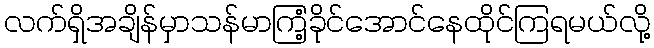
လက်ရှိအချိန်မှာသန်မာကြံ့ခိုင်အောင်နေထိုင်ကြရမယ်လို့